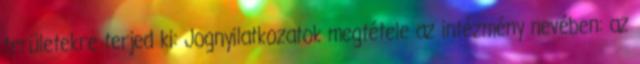
területekre terjed ki: Jognyilatkozatok megtétele az intézmény nevében: az